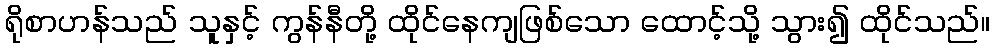
ရိုစာဟန်သည် သူနှင့် ကွန်နီတို့ ထိုင်နေကျဖြစ်သော ထောင့်သို့ သွား၍ ထိုင်သည်။